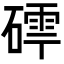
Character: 𮀽